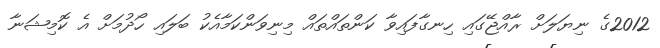
2012ގެ ނިޔަލަށް ރާއްޖޭގައި ހިނގާފައިވާ ކަންތައްތައް މިނިވަންކަމާއެކު ބަލައި ހޯދުމަށް އެ ކޮމިޝަނާ